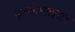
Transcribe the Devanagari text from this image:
बुलबोस्पाइनल